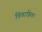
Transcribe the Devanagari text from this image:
विवाहित।